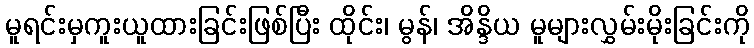
မူရင်းမှကူးယူထားခြင်းဖြစ်ပြီး ထိုင်း၊ မွန်၊ အိန္ဒိယ မူများလွှမ်းမိုးခြင်းကို